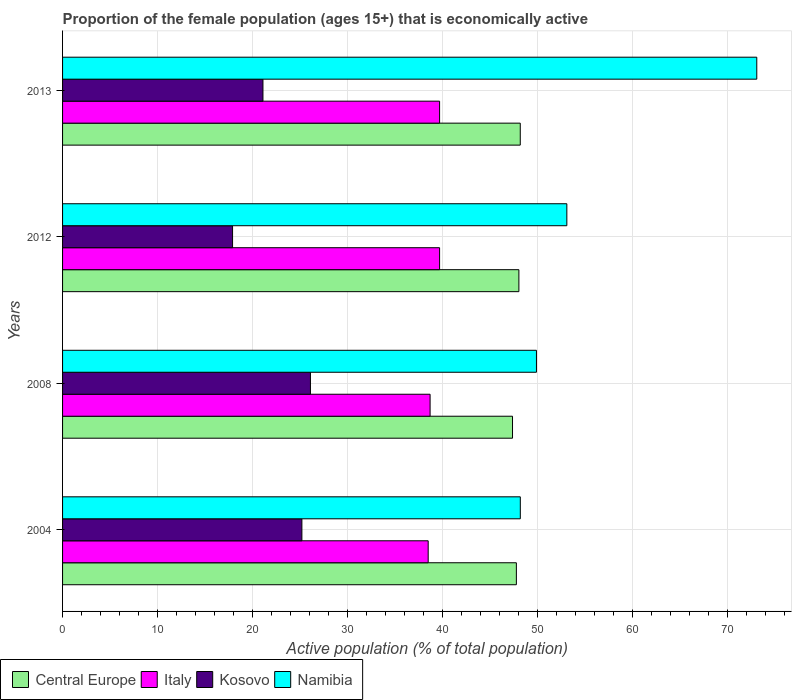
| Years | Central Europe | Italy | Kosovo | Namibia |
 | --- | --- | --- | --- | --- |
 | 2004 | 47.8 | 38.5 | 25.2 | 48.2 |
 | 2008 | 47.4 | 38.7 | 26.1 | 49.9 |
 | 2012 | 48.1 | 39.7 | 17.9 | 53.1 |
 | 2013 | 48.2 | 39.7 | 21.1 | 73.1 |